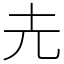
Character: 圥